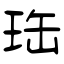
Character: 珤